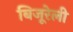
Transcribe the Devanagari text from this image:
बिजूरेली